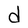
Character: d